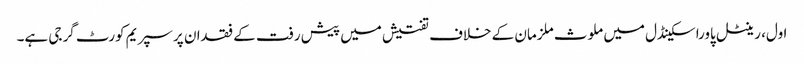
اول، رینٹل پاوراسکینڈل میں ملوث ملزمان کے خلاف تفتیش میں پیش رفت کے فقدان پر سپریم کورٹ گرجی ہے۔